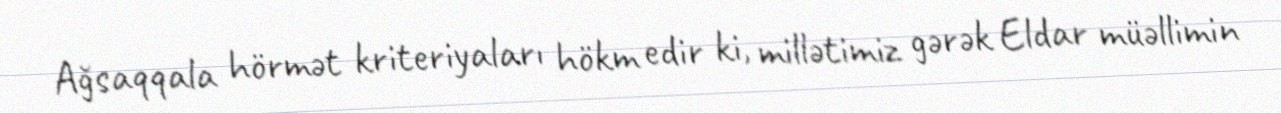
Ağsaqqala hörmət kriteriyaları hökm edir ki, millətimiz gərək Eldar müəllimin